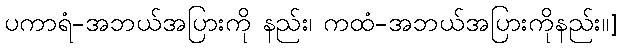
ပကာရံ-အဘယ်အပြားကို နည်း၊ ကထံ-အဘယ်အပြားကိုနည်း။]